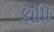
કૉપિ